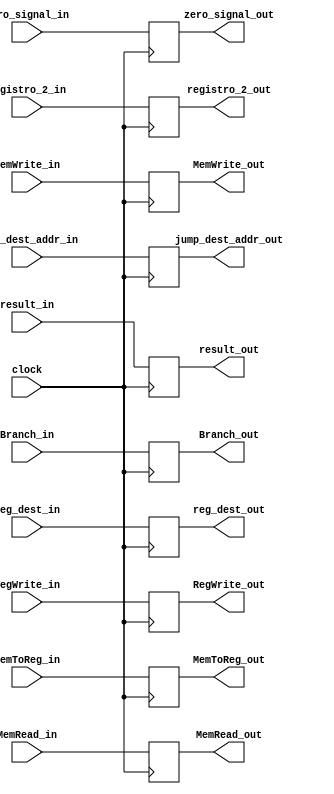
`timescale 1ns / 1ps
//////////////////////////////////////////////////////////////////////////////////
// Company: 
// Engineer: 
// 
// Design Name: 
// Module Name:    ex_mem_reg 
// Project Name: 
// Target Devices: 
// Tool versions: 
// Description: 
//
// Dependencies: 
//
// Revision: 
// Revision 0.01 - File Created
// Additional Comments: 
//
//////////////////////////////////////////////////////////////////////////////////
module ex_mem_reg(
	 input [31:0] result_in,
	 input [31:0] registro_2_in,
	 input [10:0] jump_dest_addr_in,
	 input zero_signal_in,
	 input [4:0] reg_dest_in,
	 input clock,
	 //Control Signals Input
	 input MemToReg_in,
	 input RegWrite_in,
	 input MemRead_in,
	 input MemWrite_in,
	 input Branch_in,
	 
	 output [31:0] result_out,
	 output [31:0] registro_2_out,
	 output [10:0] jump_dest_addr_out,
	 output zero_signal_out,
	 output [4:0] reg_dest_out,
	 //Control Signals Output
	 output reg MemToReg_out,
	 output reg RegWrite_out,
	 output reg MemRead_out,
	 output reg MemWrite_out,
	 output reg Branch_out
	 );
	
	initial
	begin
	 MemToReg_out = 0;
	 RegWrite_out = 0;
	 MemRead_out = 0;
	 MemWrite_out = 0;
	 Branch_out = 0;
	end
	
	reg  [31:0] out_res = 0;
	reg  [31:0] out_reg = 0;
	reg  [10:0] out_dest_addr = 0;
	reg         out_zero_signal = 0;
	reg  [4:0]  out_reg_dest = 0;

	
	always @(negedge clock)
	begin
		out_res = result_in;
		out_reg = registro_2_in;
		out_dest_addr = jump_dest_addr_in;
		out_zero_signal = zero_signal_in;
		out_reg_dest = reg_dest_in;
		MemToReg_out = MemToReg_in;
		RegWrite_out = RegWrite_in;
		MemRead_out = MemRead_in;
		MemWrite_out = MemWrite_in;
		Branch_out = Branch_in;
	end
	
	assign result_out = out_res;
	assign registro_2_out = out_reg;
	assign jump_dest_addr_out = out_dest_addr;
	assign zero_signal_out = out_zero_signal;
	assign reg_dest_out = out_reg_dest;

endmodule